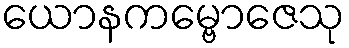
ယောနကမ္ဗောဇေသု